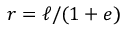
r = \ell / ( 1 + e )